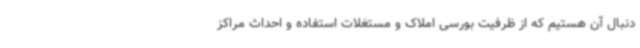
دنبال آن هستیم که از ظرفیت بورسی املاک و مستغلات استفاده و احداث مراکز